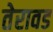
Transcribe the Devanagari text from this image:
तेरावड